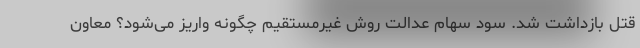
قتل بازداشت شد. سود سهام عدالت روش غیرمستقیم چگونه واریز می‌شود؟ معاون